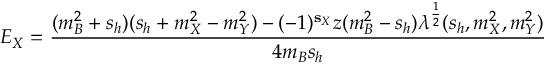
E _ { X } = { \frac { ( m _ { B } ^ { 2 } + s _ { h } ) ( s _ { h } + m _ { X } ^ { 2 } - m _ { Y } ^ { 2 } ) - ( - 1 ) ^ { { \bf s } _ { X } } z ( m _ { B } ^ { 2 } - s _ { h } ) \lambda ^ { \frac { 1 } { 2 } } ( s _ { h } , m _ { X } ^ { 2 } , m _ { Y } ^ { 2 } ) } { 4 m _ { B } s _ { h } } }